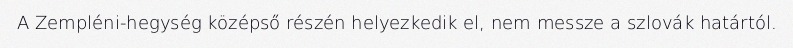
A Zempléni-hegység középső részén helyezkedik el, nem messze a szlovák határtól.